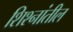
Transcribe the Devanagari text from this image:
शिश्नांतील